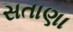
સતાણા